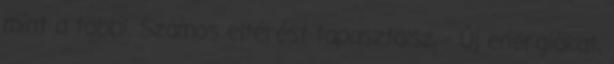
mint a többi. Számos eltérést tapasztalsz, - Új energiákat,